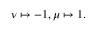
\nu \mapsto - 1 , \mu \mapsto 1 .